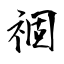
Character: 祻